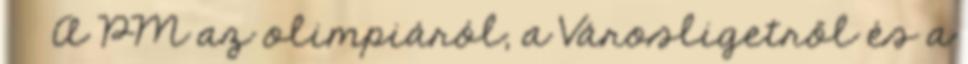
› ›A PM az olimpiáról, a Városligetről és a